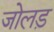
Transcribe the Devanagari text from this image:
जोलड़